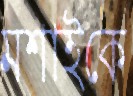
মশাইকে